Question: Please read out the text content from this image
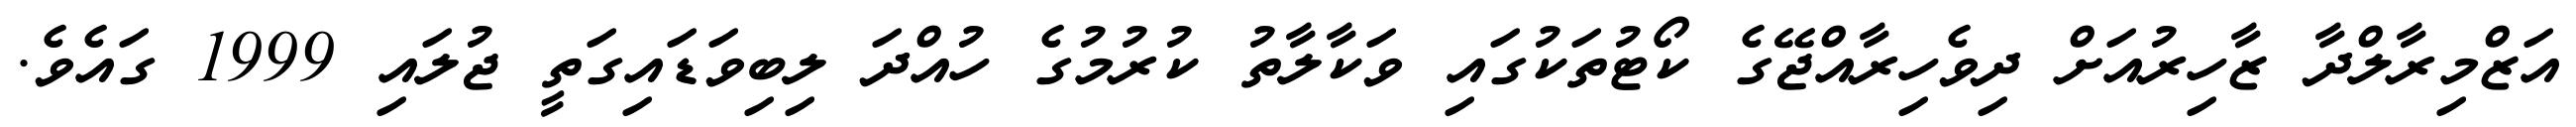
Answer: އަޒްމިރާލްދާ ޒާހިރުއަށް ދިވެހިރާއްޖޭގެ ކޯޓުތަކުގައި ވަކާލާތު ކުރުމުގެ ހުއްދަ ލިބިވަޑައިގަތީ ޖުލައި 1999 ގައެވެ.